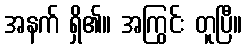
အနက် ရှိ၏။ အကြွင်း တူပြီ။